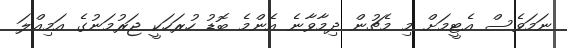
ނަމަވެސް އެޓީމަށް މި މެޗުން ދިމާވާނެ އެންމެ ބޮޑު ހުރަހަކީ ޖަރުމަނުގެ އަމިއްލަ